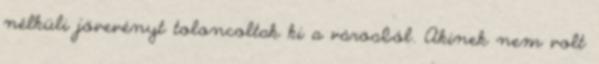
nélküli jövevényt toloncoltak ki a városból. Akinek nem volt